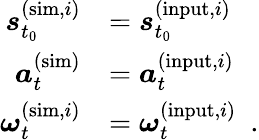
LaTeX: \begin{array}{r}{\begin{array}{rl}{\boldsymbol{s}_{t_{0}}^{(\mathrm{sim},i)}}&{=\boldsymbol{s}_{t_{0}}^{(\mathrm{input},i)}}\\ {\boldsymbol{a}_{t}^{(\mathrm{sim})}}&{=\boldsymbol{a}_{t}^{(\mathrm{input},i)}}\\ {\boldsymbol{\omega}_{t}^{(\mathrm{sim},i)}}&{=\boldsymbol{\omega}_{t}^{(\mathrm{input},i)}\enspace.}\end{array}}\end{array}